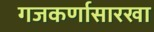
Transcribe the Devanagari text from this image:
गजकर्णासारखा